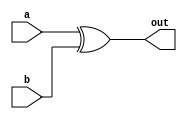
module xor_delay(
    input wire a,
    input wire b,
    output reg out
);

reg xor_output;

// XOR gate implementation
always @* begin
    xor_output = a ^ b;
end

// Delay element with 10ns delay
always @* begin
    #10 out = xor_output;
end

endmodule